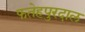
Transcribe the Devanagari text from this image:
फतेहपुरदाल